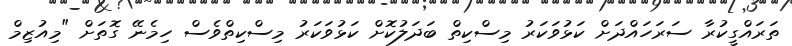
ތަރައްގީކުރާ ސަރަހައްދަށް ކަޅުވަކަރު މިސްކިތް ބަދަލުކޮށް ކަޅުވަކަރު މިސްކިތްވެސް ހިމެނޭ ގޮތަށް "މިއުޒިމް